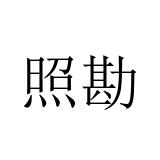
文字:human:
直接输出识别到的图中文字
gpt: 照勘